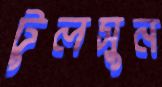
টুলসুন